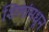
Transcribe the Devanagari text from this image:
शिलांमधून